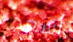
أسعد